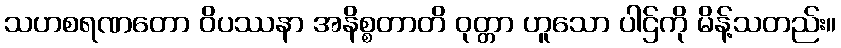
သဟစရဏတော ဝိပဿနာ အနိစ္စတာတိ ဝုတ္တာ ဟူသော ပါဌ်ကို မိန့်သတည်း။